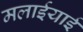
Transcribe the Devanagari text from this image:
मलाईयाई